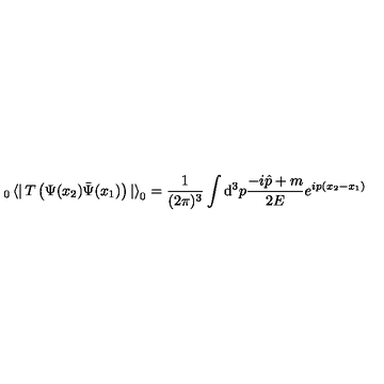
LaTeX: _ 0 \left< \right| T \left( \Psi ( x _ { 2 } ) \bar { \Psi } ( x _ { 1 } ) \right) \left| \right> _ { 0 } = \frac { 1 } { ( 2 \pi ) ^ { 3 } } \int { \mathrm d } ^ { 3 } p \frac { - i \hat { p } + m } { 2 E } e ^ { i p ( x _ { 2 } - x _ { 1 } ) }